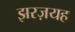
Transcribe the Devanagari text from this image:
झरज़यह